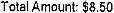
TOTAL AMOUNT: $8.50